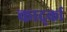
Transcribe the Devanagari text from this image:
कार्द्का